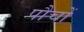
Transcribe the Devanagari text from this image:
पौचों